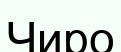
Чиро